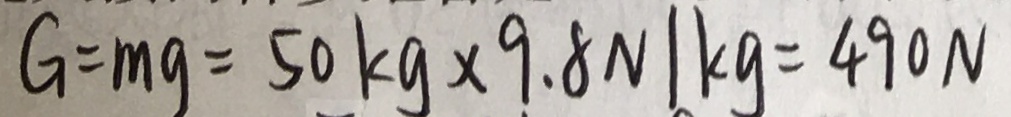
G = m g = 5 0 k g \times 9 . 8 N / k g = 4 9 0 N